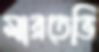
মারতেভি